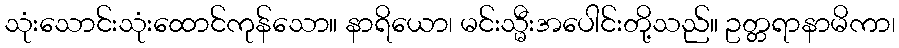
သုံးသောင်းသုံးထောင်ကုန်သော။ နာရိယော၊ မင်းသ္မီးအပေါင်းတို့သည်။ ဥတ္တရာနာမိကာ၊